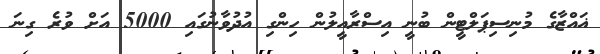
ޣައްޒާގެ މުނިސިޕަލްޓީން ބުނީ އިސްރާއީލުން ހިންގި އުދުވާނުގައި 5000 އަށް ވުރެ ގިނަ